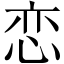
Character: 恋